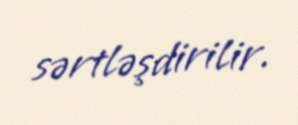
sərtləşdirilir.